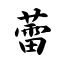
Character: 蕾